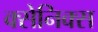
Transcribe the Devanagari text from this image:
क्सेनिक्स